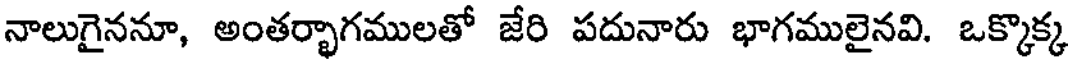
నాలుగైననూ, అంతర్భాగములతో జేరి పదునారు భాగములైనవి. ఒక్కొక్క